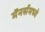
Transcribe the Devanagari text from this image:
मॅनर्समध्ये